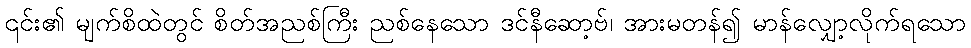
၎င်း၏ မျက်စိထဲတွင် စိတ်အညစ်ကြီး ညစ်နေသော ဒင်နီဆော့ဗ်၊ အားမတန်၍ မာန်လျှော့လိုက်ရသော